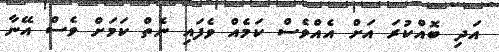
އަދި ބޮއްކުރަ އަށް އެއްވެސް ކަމެއް ވެފައި ނެތް ކަމަށް ވެސް އޭނާ